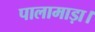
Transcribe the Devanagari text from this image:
पालामाड़ा।